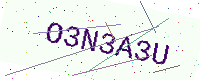
Text: O3N3A3U